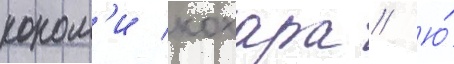
коном'и кохара // Ю́